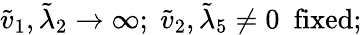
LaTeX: \tilde{v}_{1},\tilde{\lambda}_{2}\to\infty;\; \tilde{v}_{2},\tilde{\lambda}_{5}\not=0\ \ \mathrm{fixed};